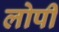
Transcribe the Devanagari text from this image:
लोपी